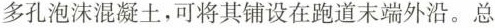
多孔泡沫混凝土，可将其铺设在跑道末端外沿。总